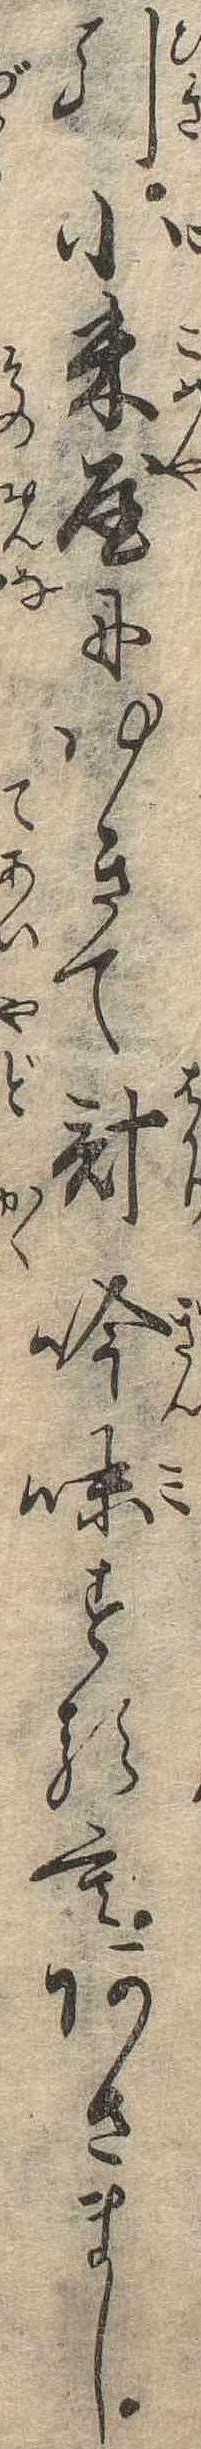
引小米屋にゆきて計吟味するもあさまし